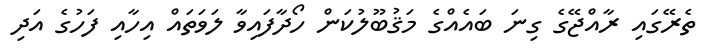
ތެރޭގައި ރާއްޖޭގެ ގިނަ ބައެއްގެ މަޤުބޫލުކަން ހޯދާފައިވާ ލަވަތައް އިހާއި ފަހުގެ އަދި